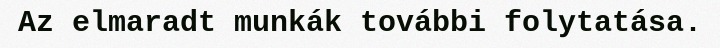
Az elmaradt munkák további folytatása.